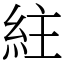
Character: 紸